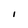
Character: I